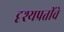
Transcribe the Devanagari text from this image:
दृश्यप्रतींचे